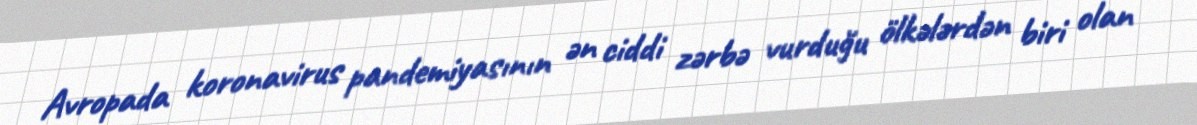
Avropada koronavirus pandemiyasının ən ciddi zərbə vurduğu ölkələrdən biri olan